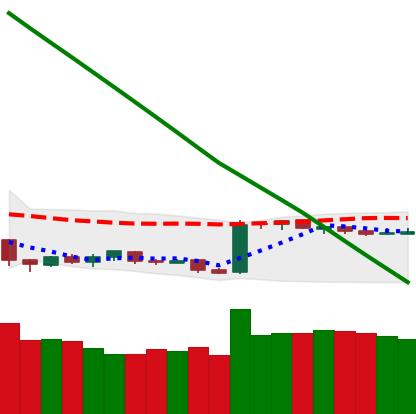
Ticker: BTC-USD
Chart end date: 2019-02-16
Forward return: 8.935%
Label: up_7plus